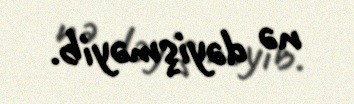
nə dəyişməyib.